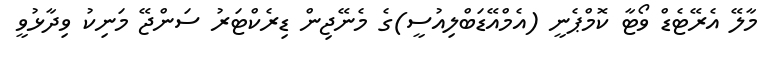
މާލޭ އެރޭޓެޑް ވޯޓާ ކޮމްޕެނީ (އެމްއޭޑަބްލިއުސީ)ގެ މެނޭޖިން ޑިރެކްޓަރު ސަންޖޭ މަނިކު ވިދާޅުވީ